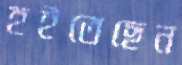
হইতেছেন